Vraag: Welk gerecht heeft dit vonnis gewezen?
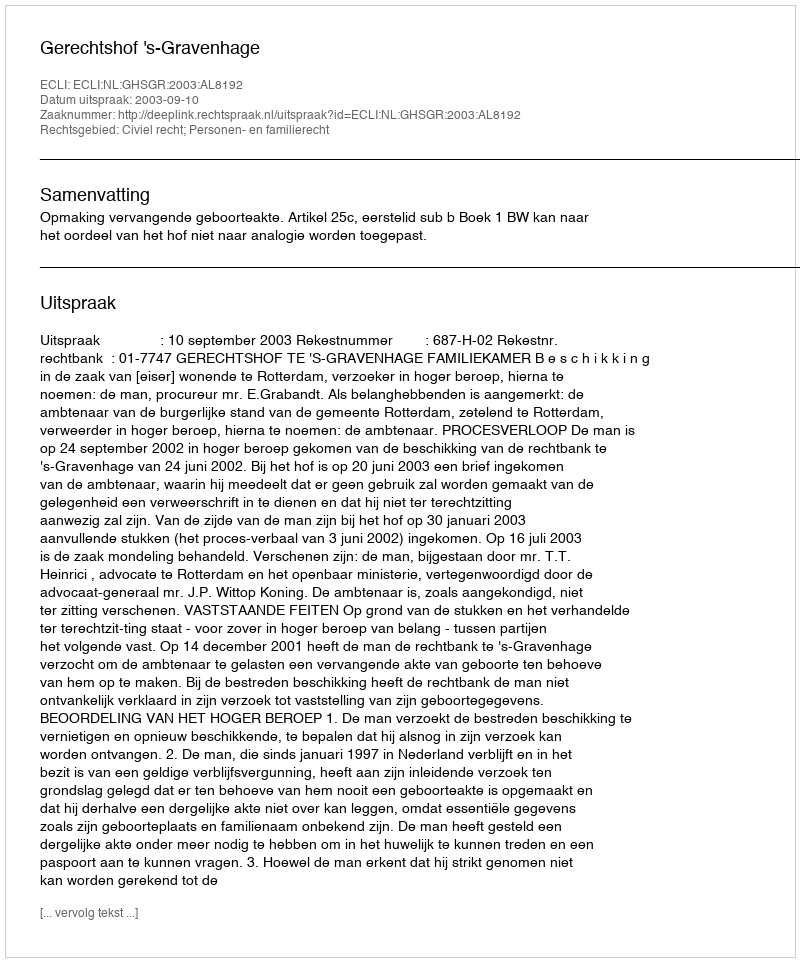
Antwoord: Gerechtshof 's-Gravenhage